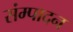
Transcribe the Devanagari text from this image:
संम्पादन